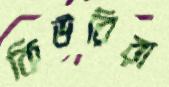
কিউরিরা